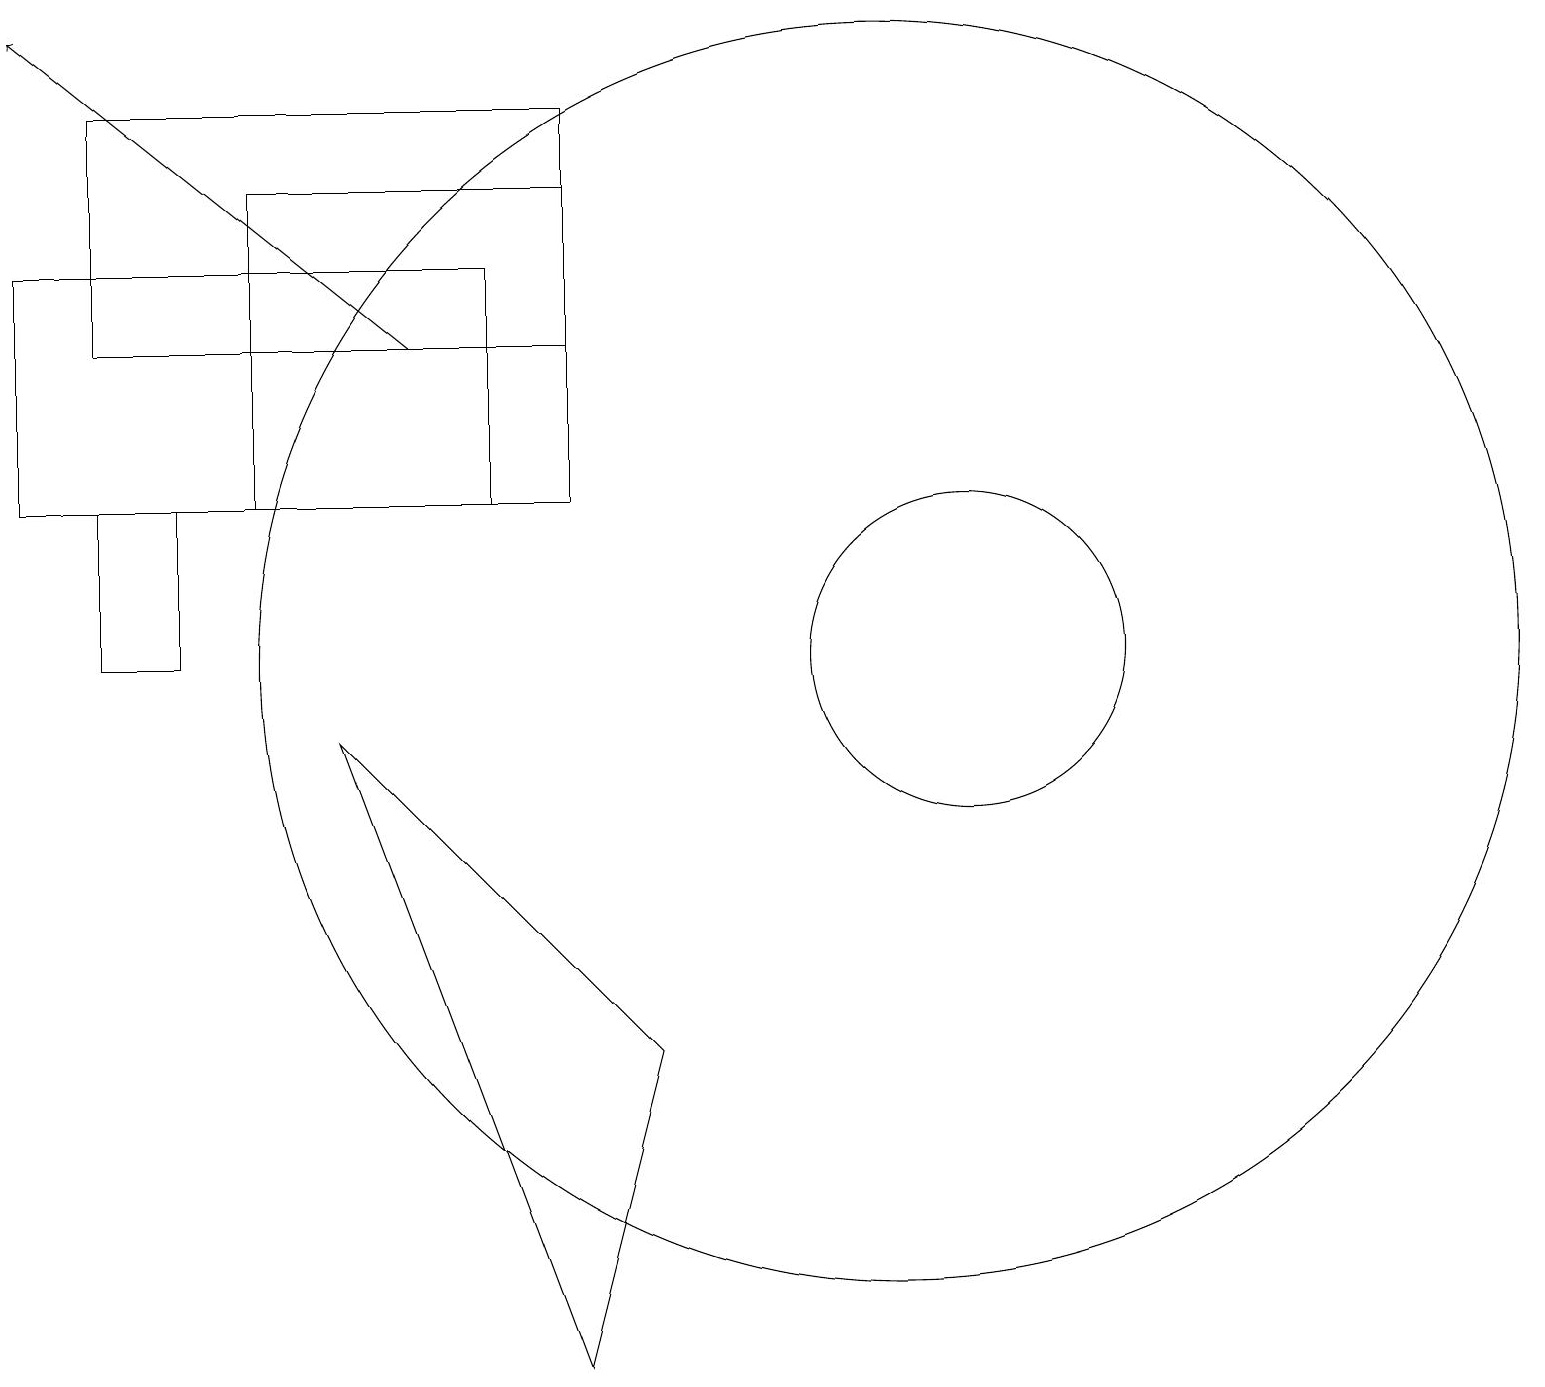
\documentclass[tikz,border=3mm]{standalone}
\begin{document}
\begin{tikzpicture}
\draw (3,12) rectangle (7,16);
\draw[->] (5,14) -- (0,18);
\draw (0,12) rectangle (6,15);
\draw (2,12) rectangle (1,10);
\draw (11,10) circle (8);
\draw (12,10) circle (2);
\draw (8,5) -- (4,9) -- (7,1) -- cycle;
\draw (1,17) rectangle (7,14);
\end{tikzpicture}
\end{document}